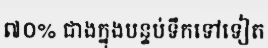
៧០% ជាងក្នុងបន្ទប់ទឹកទៅទៀត